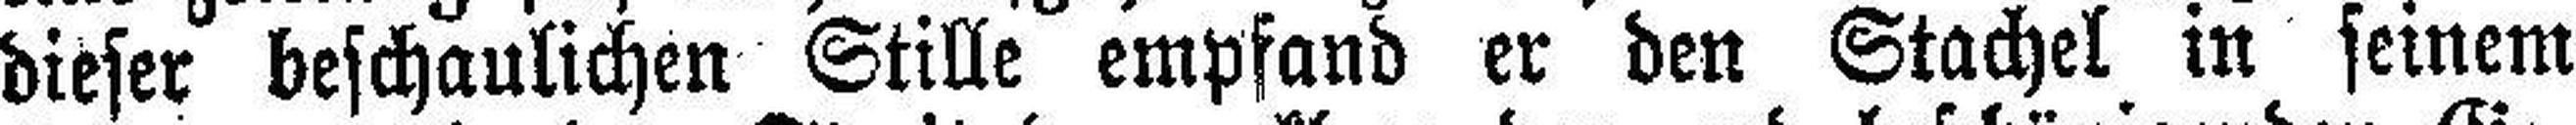
dieser beschaulichen Stille empfand er den Stachel in seinem